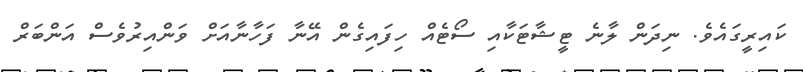
ކައިރީގައެވެ. ނިދަން ލާނެ ޓީޝާޓަކާއި ސޯޓެއް ހިފައިގެން އޭނާ ފަހާނާއަށް ވަންއިރުވެސް އަންބަރް